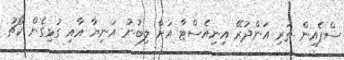
ސްޕެއިން ތަރި އަންދުރޭ އިނިއެސްޓާ އަށް ލިބުނު އަނިޔާ އާއި ގުޅިގެން ކޯޗު